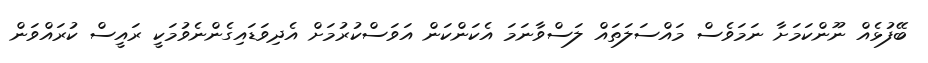
ބޭފުޅެއް ނޫންކަމަށާ ނަމަވެސް މައްސަލަތައް ލަސްވާނަމަ އެކަންކަން އަވަސްކުރުމަށް އެދިވަޑައިގެންނެވުމަކީ ރައީސް ކުރައްވަން